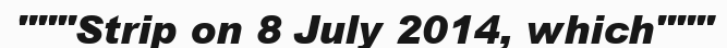
"""Strip on 8 July 2014, which"""